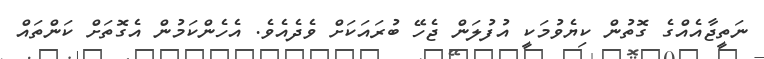
ނަތީޖާއެއްގެ ގޮތުން ކިޔެވުމަކީ އުފުލަން ޖެހޭ ބުރައަކަށް ވެދެއެވެ. އެހެންކަމުން އެގޮތަށް ކަންތައް